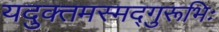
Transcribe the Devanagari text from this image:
यदुक्तमस्मद्गुरूभिः